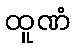
ထူဏံ